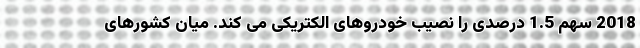
2018 سهم 1.5 درصدی را نصیب خودروهای الکتریکی می کند. میان کشورهای